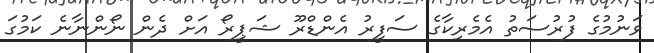
ވަނުމުގެ ފުރުސަތު އެމެރިކާގެ ސަފީރު އެންޑްރޫ ޝަޕީރޯ އަށް ދެން ނޯންނާނެ ކަމުގަ